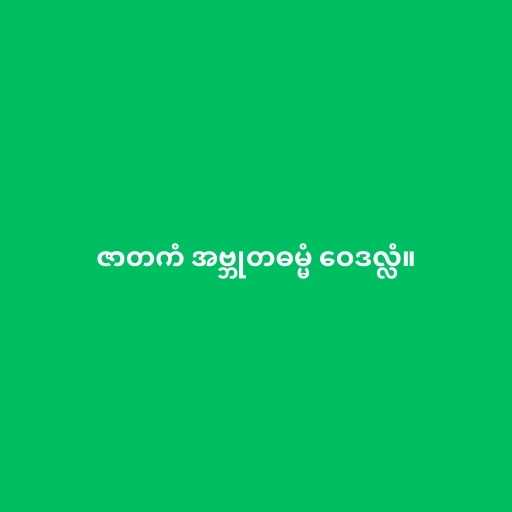
ဇာတကံ အဗ္ဘုတဓမ္မံ ဝေဒလ္လံ။